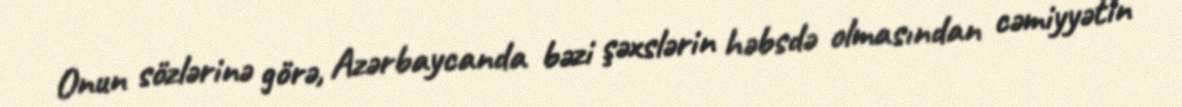
Onun sözlərinə görə, Azərbaycanda bəzi şəxslərin həbsdə olmasından cəmiyyətin